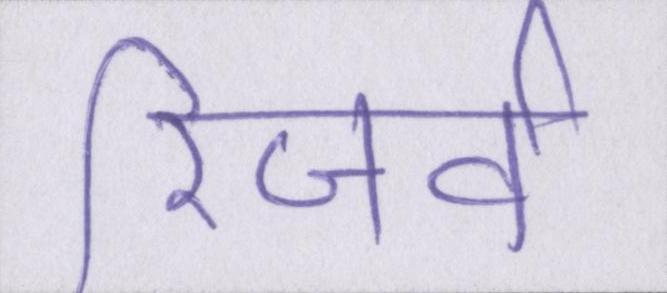
रिजर्व